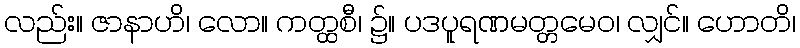
လည်း။ ဇာနာဟိ၊ လော။ ကတ္ထစီ၊ ၌။ ပဒပူရဏမတ္တမေဝ၊ လျှင်။ ဟောတိ၊